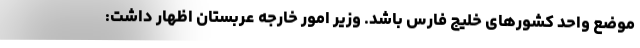
موضع واحد کشورهای خلیج فارس باشد. وزیر امور خارجه عربستان اظهار داشت: